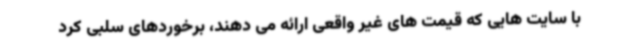
با سایت هایی که قیمت های غیر واقعی ارائه می دهند، برخوردهای سلبی کرد